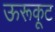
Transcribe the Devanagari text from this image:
ऊरूकूट